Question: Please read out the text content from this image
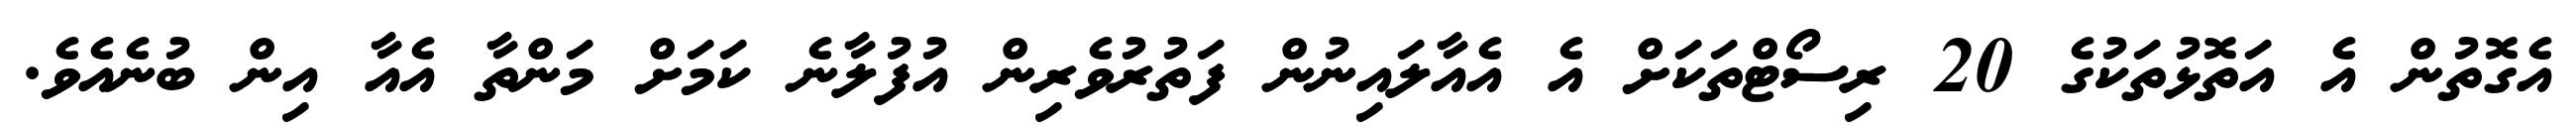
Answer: އެގޮތުން އެ އަތޮޅުތަކުގެ 20 ރިސޯޓްތަކަށް އެ އެއާލައިނުން ފަތުރުވެރިން އުފުލާނެ ކަމަށް މަންތާ އެއާ އިން ބުނެއެވެ.